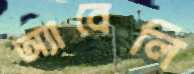
অ্যাবেলি